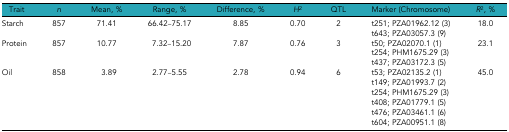
| Trait | n | Mean, % | Range, % | Difference, % | H2 | QTL | Marker (Chromosome) | R2, % |
 | --- | --- | --- | --- | --- | --- | --- | --- | --- |
 | <ROWSPAN=2> Starch | <ROWSPAN=2> 857 | 71.41 | <ROWSPAN=2> 66.42–75.17 | <ROWSPAN=2> 8.85 | <ROWSPAN=2> 0.70 | <ROWSPAN=2> 2 | t251; PZA01962.12 (3) | <ROWSPAN=2> 18.0 |
 |  | t643; PZA03057.3 (9) |
 | <ROWSPAN=3> Protein | <ROWSPAN=3> 857 | 10.77 | <ROWSPAN=3> 7.32–15.20 | <ROWSPAN=3> 7.87 | <ROWSPAN=3> 0.76 | <ROWSPAN=3> 3 | t50; PZA02070.1 (1) | <ROWSPAN=3> 23.1 |
 |  | t254; PHM1675.29 (3) |
 |  | t437; PZA03172.3 (5) |
 | <ROWSPAN=6> Oil | <ROWSPAN=6> 858 | 3.89 | <ROWSPAN=6> 2.77–5.55 | <ROWSPAN=6> 2.78 | <ROWSPAN=6> 0.94 | <ROWSPAN=6> 6 | t53; PZA02135.2 (1) | <ROWSPAN=6> 45.0 |
 |  | t149; PZA01993.7 (2) |
 |  | t254; PHM1675.29 (3) |
 |  | t408; PZA01779.1 (5) |
 |  | t476; PZA03461.1 (6) |
 |  | t604; PZA00951.1 (8) |